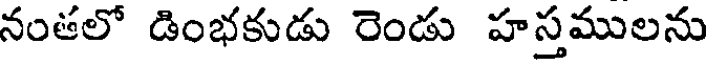
నంతలో డింభకుడు రెండు హస్తములను